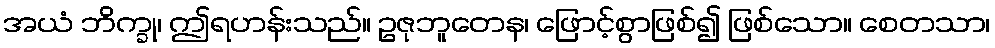
အယံ ဘိက္ခု၊ ဤရဟန်းသည်။ ဥဇုဘူတေန၊ ဖြောင့်စွာဖြစ်၍ ဖြစ်သော။ စေတသာ၊